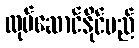
လုပ်ဆောင်နိုင်မည်